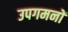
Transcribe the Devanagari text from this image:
उपगमनों